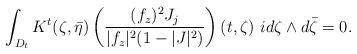
LaTeX: \begin{align*} \int_{D_t} K^t(\zeta,\bar\eta) \left(\frac{(f_z)^2J_j}{|f_z|^2(1-|J|^2)}\right)(t,\zeta)\ id\zeta\wedge d\bar\zeta=0. \end{align*}